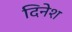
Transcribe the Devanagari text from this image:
दिनेश